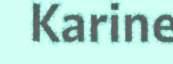
Karine